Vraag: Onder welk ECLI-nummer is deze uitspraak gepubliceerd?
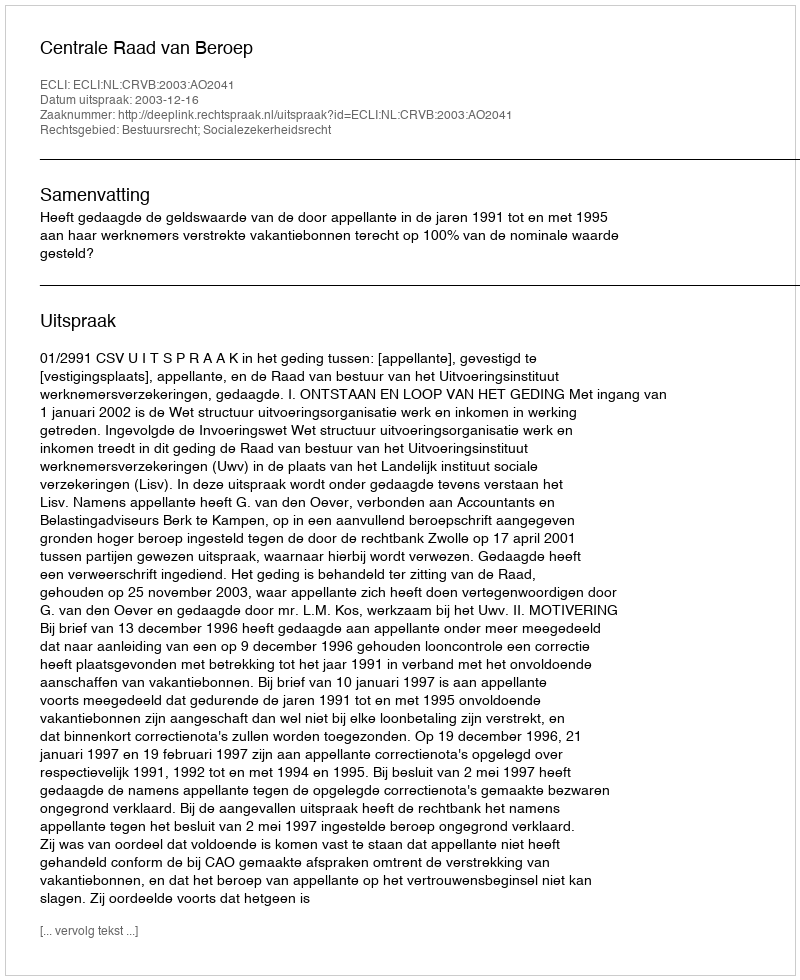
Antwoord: ECLI:NL:CRVB:2003:AO2041